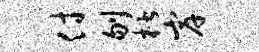
付刎楷岸